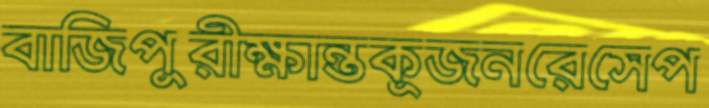
বাজিপুরীক্ষান্তকূজনরেসেপ